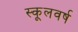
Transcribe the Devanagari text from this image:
स्कूलवर्ष